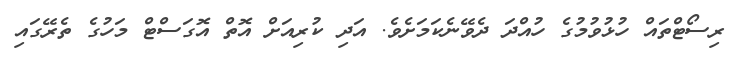
ރިސޯޓްތައް ހުޅުވުމުގެ ހުއްދަ ދެވޭނެކަމަށެވެ. އަދި ކުރިއަށް އޮތް އޮގަސްޓް މަހުގެ ތެރޭގައި